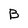
Character: B